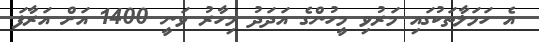
އެ ހަމަލާތަކުގައި މަރުވި މީހުންގެ އަދަދު މިހާރު ވަނީ 1400 އަށް އަރާފަ